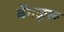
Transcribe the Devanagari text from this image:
बेंगळूरू